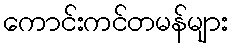
ကောင်းကင်တမန်များ